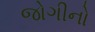
જોગીનો